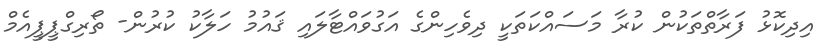
އިދިކޮޅު ފަރާތްތަކުން ކުރާ މަސައްކަތަކީ ދިވެހިންގެ އަގުވައްޓާލައި ޤައުމު ހަލާކު ކުރުން- ތޯރިގްޕީޕީއެމް